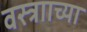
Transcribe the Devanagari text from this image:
वस्त्रााच्या